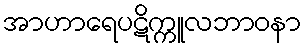
အာဟာရေပဋိက္ကူလဘာဝနာ